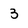
Character: 3